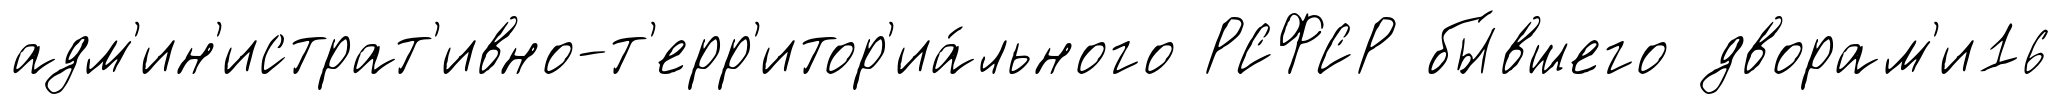
адм'ин'истрат'ивно-т'ерр'итор'иа́льного РСФСР бы́вшего дворам'и16